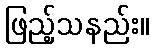
ဖြည့်သနည်း။